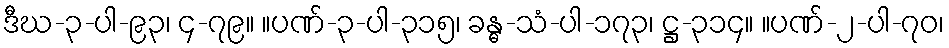
ဒီဃ-၃-ပါ-၉၃၊ ၄-၇၉။ ။ပဏ်-၃-ပါ-၃၁၅၊ ခန္ဓ-သံ-ပါ-၁၇၃၊ ဋ္ဌ-၃၁၄။ ။ပဏ်-၂-ပါ-၇၀၊